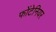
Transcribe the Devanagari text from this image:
फोंटेनियर